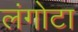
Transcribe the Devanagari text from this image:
लंगोटा